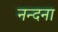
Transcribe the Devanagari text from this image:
नन्दना